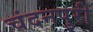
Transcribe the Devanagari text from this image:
चंदनपुरी